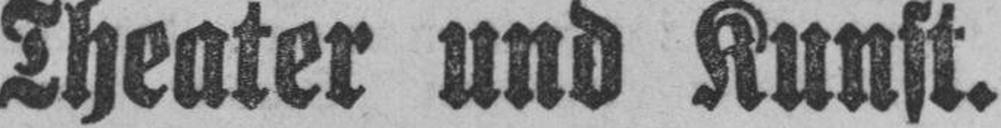
Theater und Kunst.